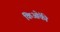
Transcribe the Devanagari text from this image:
किओंकी